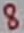
Text: 8